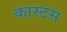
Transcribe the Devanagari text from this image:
कास्टस